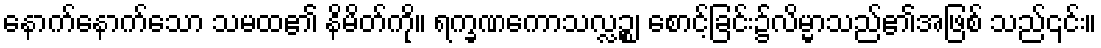
နောက်နောက်သော သမထ၏ နိမိတ်ကို။ ရက္ခဏကောသလ္လဉ္စ၊ စောင့်ခြင်း၌လိမ္မာသည်၏အဖြစ် သည်၎င်း။